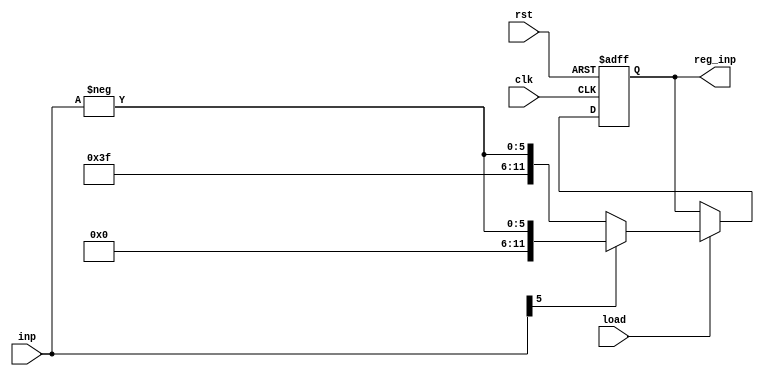
module reg_6bit_neg(inp,load,clk,rst,reg_inp);
    input [5:0] inp;
    input load,clk,rst;
    output reg [11:0] reg_inp;
    always @(posedge clk,posedge rst) begin
      if(rst) reg_inp <=12'b 0;
      else if (load)begin
        if (inp[5] == 1'b1) reg_inp <= {6'b0,-inp};
        else  reg_inp <= {6'b111111,-inp};
      end
    end

endmodule